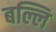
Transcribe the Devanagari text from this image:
बल्लि